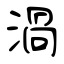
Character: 渦